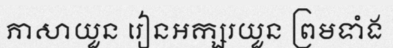
ភាសាយួន រៀនអក្សរយួន ព្រមទាំង